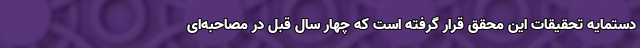
دستمایه تحقیقات این محقق قرار گرفته است که چهار سال قبل در مصاحبه‌ای